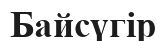
Байсүгір